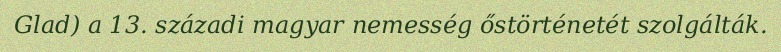
Glad) a 13. századi magyar nemesség őstörténetét szolgálták.